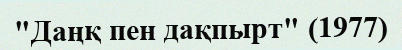
"Даңқ пен дақпырт" (1977)